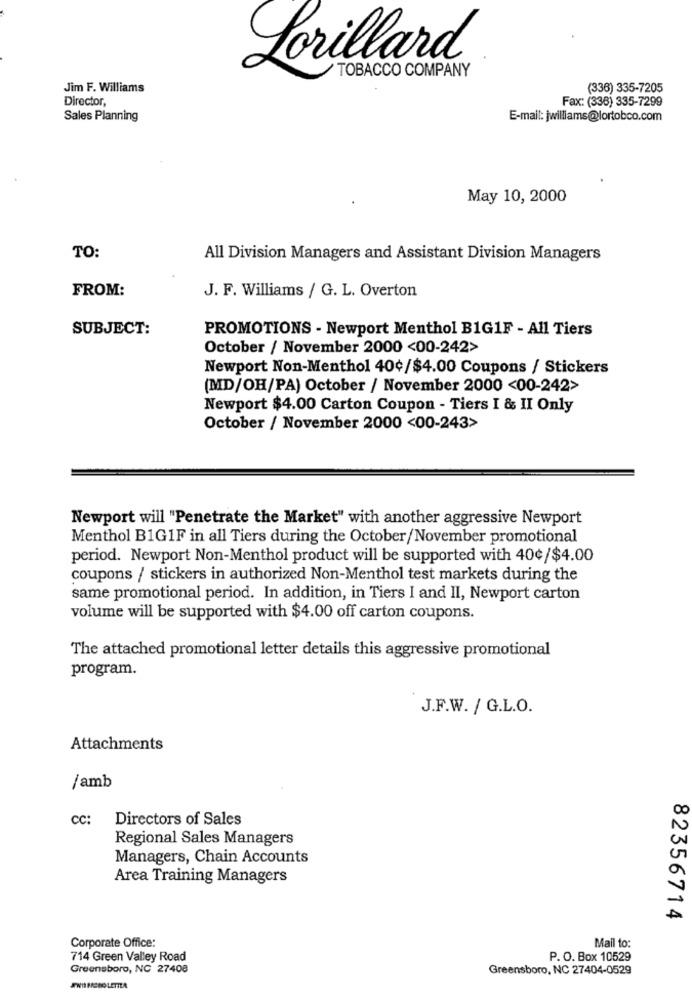
Lorillard
TOBACCO COMPANY
Jim F. Williams
(336) 335-7205
Director,
Fax: (338) 335-7299
Sales Planning
E-mail: jwilliams@lortobco.com
May 10, 2000
TO:
All Division Managers and Assistant Division Managers
FROM:
J. F. Williams / G. L. Overton
SUBJECT:
PROMOTIONS - Newport Menthol B1G1F - All Tiers
October / November 2000 <00-242>
Newport Non-Menthol 40¢/$4.00 Coupons / Stickers
(MD/OH/PA) October / November 2000 <00-242>
Newport $4.00 Carton Coupon - Tiers I & II Only
October / November 2000 <00-243>
Newport will "Penetrate the Market" with another aggressive Newport
Menthol B1G1F in all Tiers during the October/November promotional
period. Newport Non-Menthol product will be supported with 40¢/$4.00
coupons / stickers in authorized Non-Menthol test markets during the
same promotional period. In addition, in Tiers I and II, Newport carton
volume will be supported with $4.00 off carton coupons.
The attached promotional letter details this aggressive promotional
program.
J.F.W. / G.L.O.
Attachments
/amb
CC:
Directors of Sales
Regional Sales Managers
Managers, Chain Accounts
Area Training Managers
82356714
Corporate Office:
Mail to:
714 Green Valley Road
P. O. Box 10529
Greensboro, NC 27408
Greensboro, NC 27404-0529